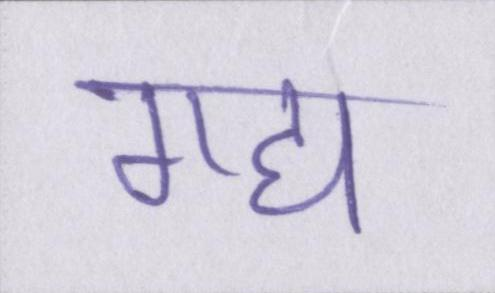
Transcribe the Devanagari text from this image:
गद्य